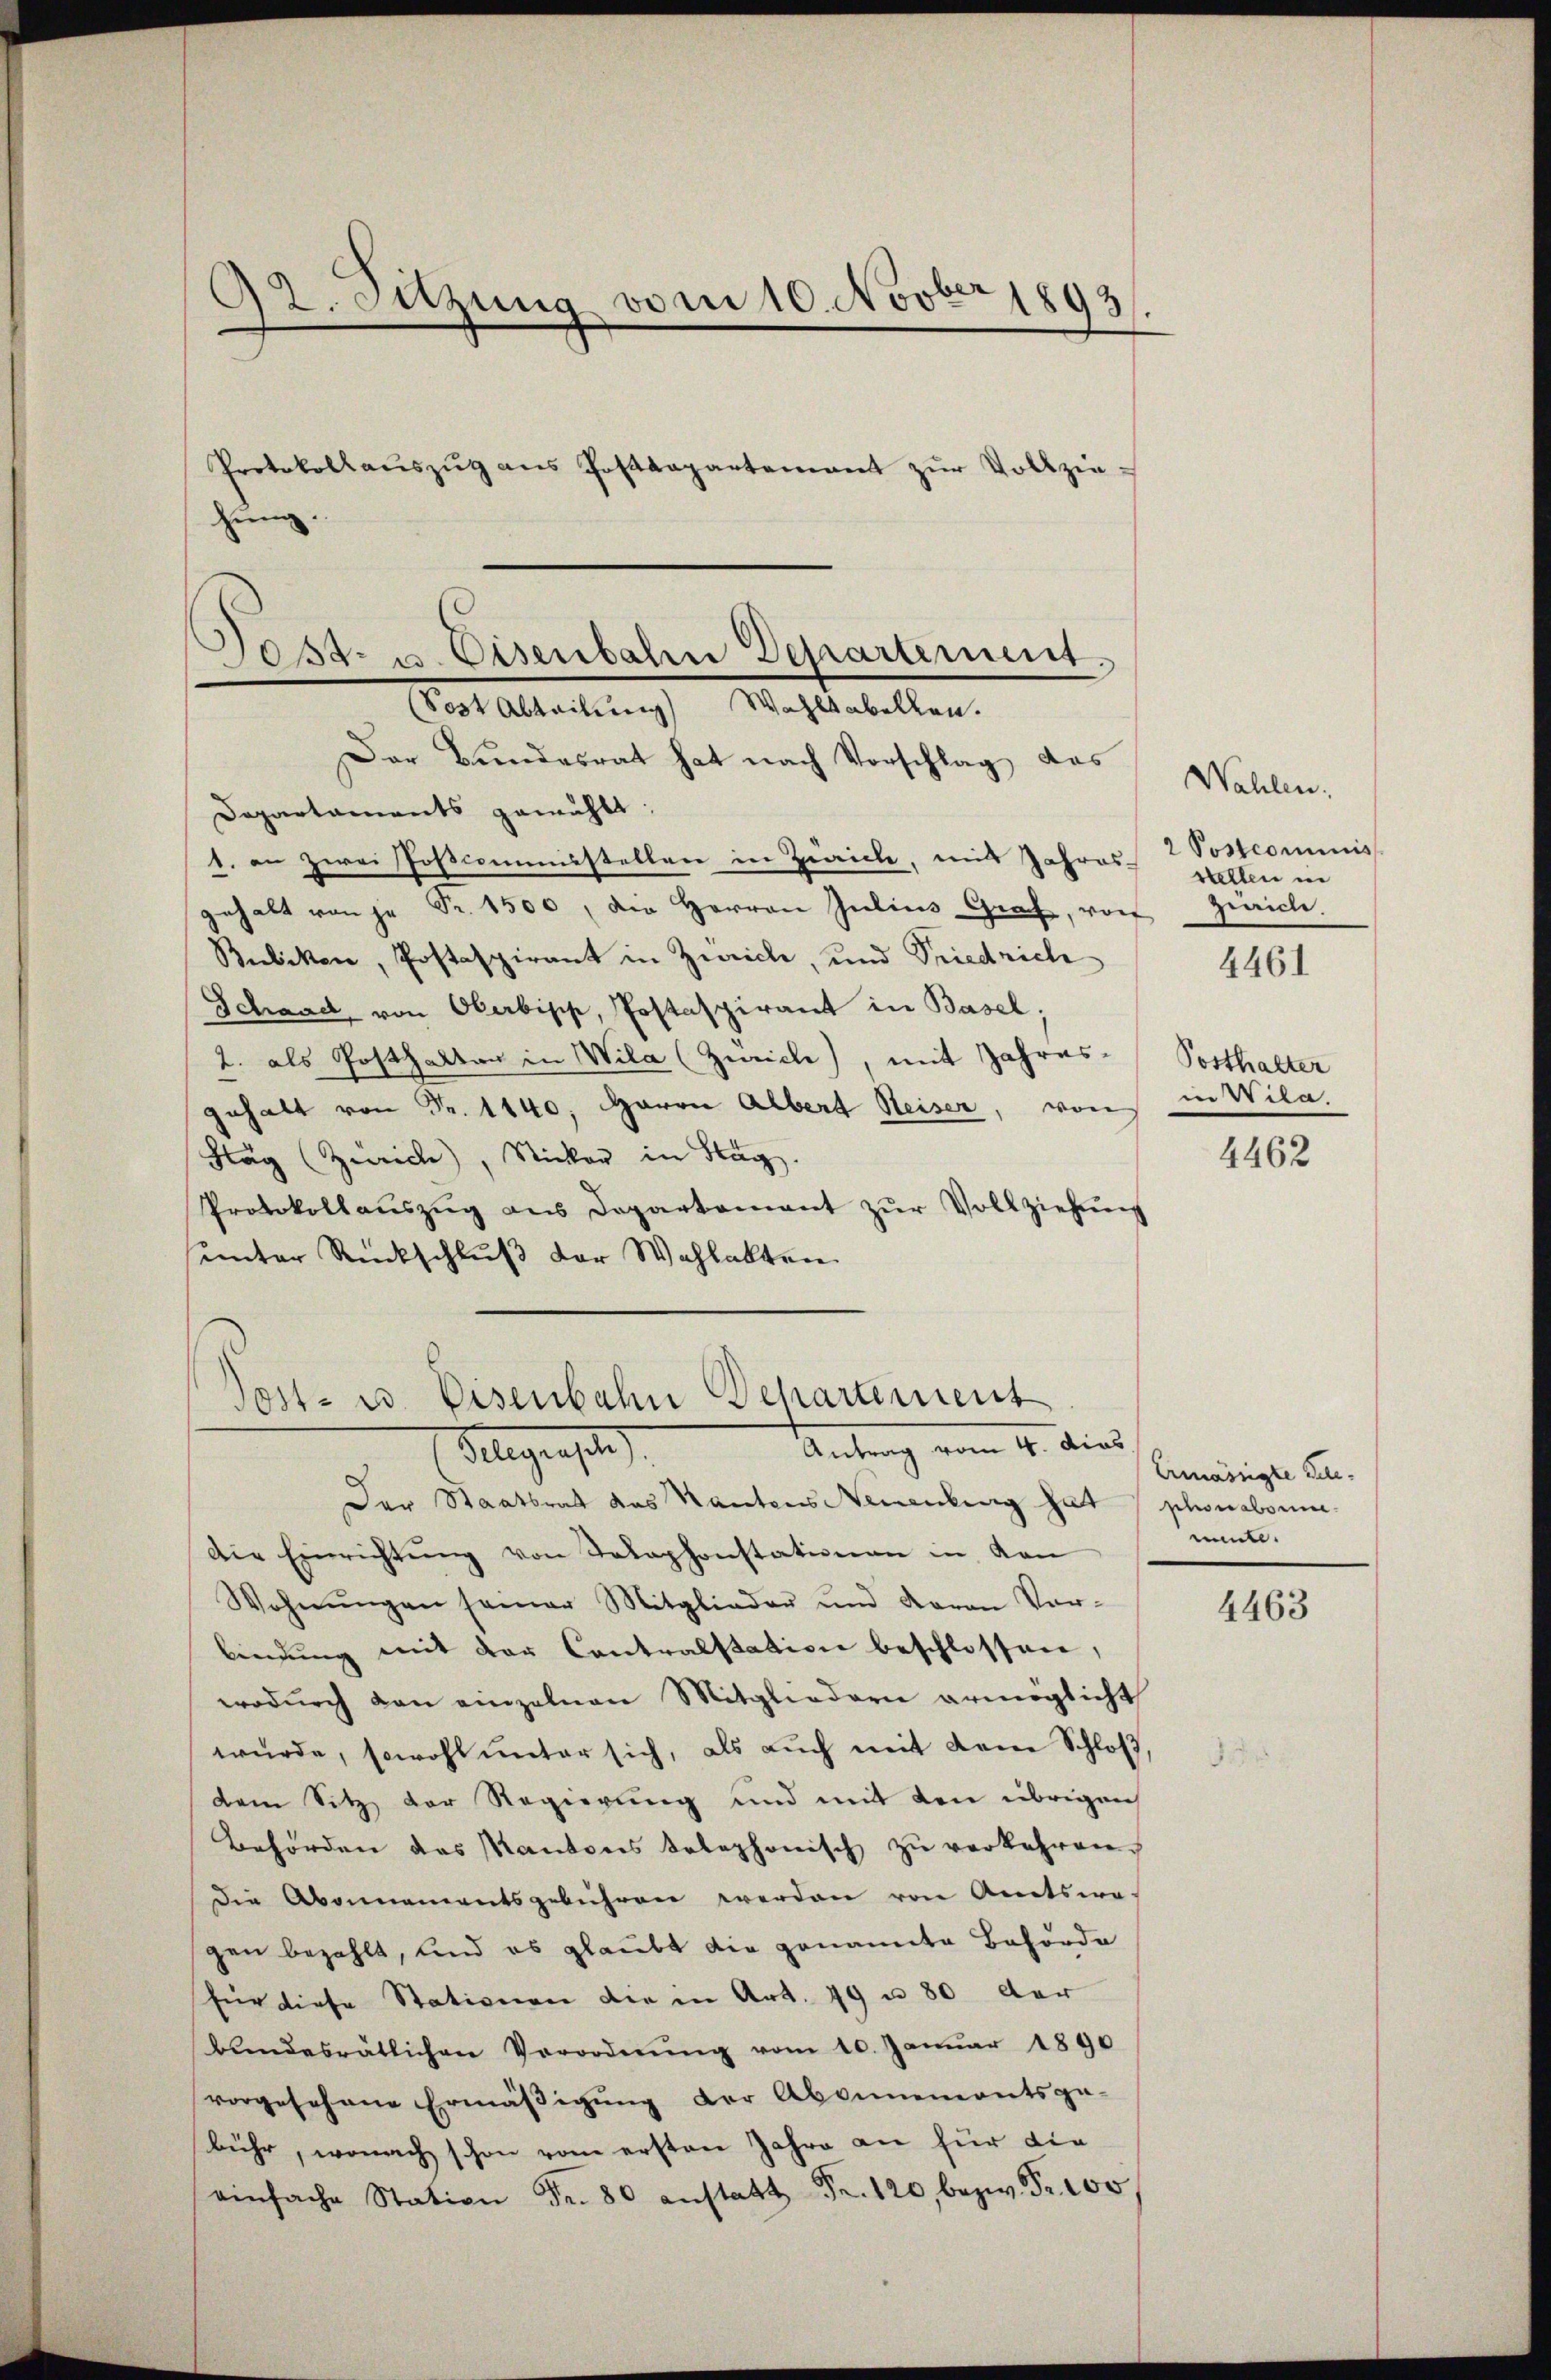
32. Sitzung vom 10. Novber 1892
Protokollaŭszŭg ans Postdepartement zŭr Vollziehinig.

Post- u. Eisenbahr Departement.
(Sost Abteilung) Wahlsabellen.
Der Bundesrat hat nach Vorschlag, das

Departaments gewählt:
1. an zwei Poscommisstellen in Zirich, mit Jahres-
gehalt von je Fr. 1500, die Herren Julians Graf, vor
Bubikon, Postaspirant in Zürich, und Friedrich
Schaad von Oberbisch, Postaspirant in Basel:
2. als Posthalten in Wila (Zürich), mit Jahres-
gehalt von Fr. 1140, Harrn Albert Heisen, von
Stag (Zürich), Sticker in Stag.
Protokollaŭszŭg ans Departamant zŭr Vollziehŭng
unter Rückschluß der Wahlakten.

Post- u. Eisenbahn Departement
Antrag vom 4. dies
Telegenste

Der Staatsrat das Kantons Neuenburg hat / phonabonne¬
Die Einrichtŭng von Telephonstationen in von
Wohnŭngen seiner Mitglieder und Baron Vor-
bindŭng mit der Contralstation beschlossen,
wodŭrch den einzelnen Mitgliedern ermöglicht
würde, sowohl unter sich, als auch mit dem Schloß,
dem Sitz der Regierung und mit den übrigen
Behörden des Kantons telephonisch zŭ verkehren.
die Abonnementsgebühren werden von Amtswe-
gen bezahlt, und es glaubt die genannte Behörde
für diese Stationen die in Art. 49 u. 80 der
bŭndesrätlichen Verordnŭng vom 10. Janŭar 1890
vorgesehene Ermässigung der Abonnementsge-
bühr, wonach schon vom ersten Jahre an für die
einfache Station Fr. 8 anstatt Fr. 120, bezw. Fr. 100

Wahlen.
2 Postcommis
stellen in
ziriche.

4461

Posthalter
in Wila.

4462

Ermässigte Telemunte

4463